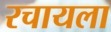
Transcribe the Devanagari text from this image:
रचायला